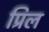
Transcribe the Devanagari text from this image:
प्रिल